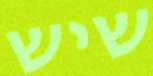
שיש